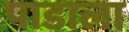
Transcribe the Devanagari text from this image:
पाडाला